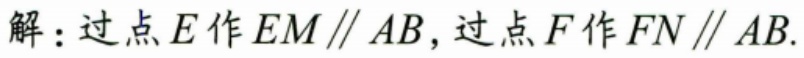
解：过点\(E\)作\(EM\parallel AB\)，过点\(F\)作\(FN\parallel AB\).